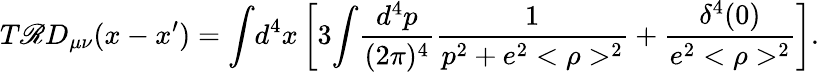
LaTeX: T\mathscr{R}D_{\mu\nu}(x-x^{\prime})={\int}d^{4}x\left[3{\int}\frac{{d^{4}p}}{{(2\pi)^{4}}}\frac{{1}}{{p^{2}+e^{2}<\rho>^{2}}}+\frac{{\delta^{4}(0)}}{{e^{2}<\rho>^{2}}}\right].